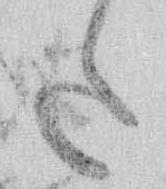
た